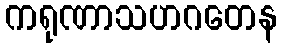
ကရုဏာသဟဂတေန